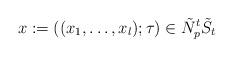
LaTeX: \begin{align*}x:=((x_1,\dots,x_l);\tau)\in\tilde{N}_p^t\tilde{S}_t\end{align*}